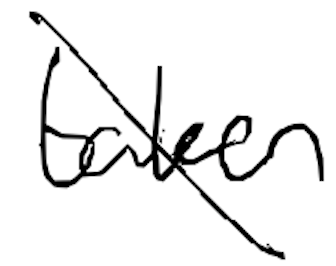
Text: taken
Cross-out: diagonal
Writing tool: digital_black